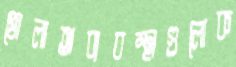
খোলাঅব্যবস্থাগুলোক